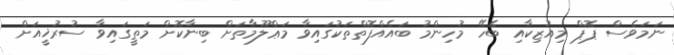
ނަމަވެސް ޕޮޕް މިއުޒިކާއި ބެހޭ މުހިންމު ބައެއްފޮތްތަކުގައިވާ މަޢްލޫމާތަށް ބިނާކޮށް މަތީގައިވާ ސުރުޚީއަށް